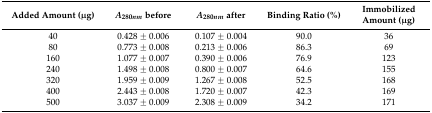
<table><thead><tr><td><b>Added Amount (μg)</b></td><td><b><i>A<sub>280nm</sub></i> before</b></td><td><b><i>A<sub>280nm</sub></i> after</b></td><td><b>Binding Ratio (%)</b></td><td><b>Immobilized Amount (μg)</b></td></tr></thead><tbody><tr><td>40</td><td>0.428 ± 0.006</td><td>0.107 ± 0.004</td><td>90.0</td><td>36</td></tr><tr><td>80</td><td>0.773 ± 0.008</td><td>0.213 ± 0.006</td><td>86.3</td><td>69</td></tr><tr><td>160</td><td>1.077 ± 0.007</td><td>0.390 ± 0.006</td><td>76.9</td><td>123</td></tr><tr><td>240</td><td>1.498 ± 0.008</td><td>0.800 ± 0.007</td><td>64.6</td><td>155</td></tr><tr><td>320</td><td>1.959 ± 0.009</td><td>1.267 ± 0.008</td><td>52.5</td><td>168</td></tr><tr><td>400</td><td>2.443 ± 0.008</td><td>1.720 ± 0.007</td><td>42.3</td><td>169</td></tr><tr><td>500</td><td>3.037 ± 0.009</td><td>2.308 ± 0.009</td><td>34.2</td><td>171</td></tr></tbody></table>